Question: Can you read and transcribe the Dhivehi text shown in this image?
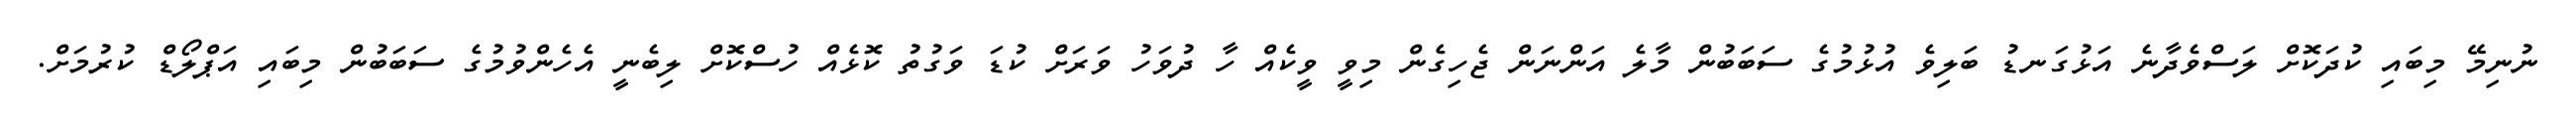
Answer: ނުނިމޭ މިބައި ކުދަކޮށް ލަސްވެދާނެ އަޅުގަނޑު ބަލިވެ އުޅުމުގެ ސަބަބުން މާލެ އަންނަން ޖެހިގެން މިވީ ވީކެއް ހާ ދުވަހު ވަރަށް ކުޑަ ވަގުތު ކޮޅެއް ހުސްކޮށް ލިބެނީ އެހެންވުމުގެ ސަބަބުން މިބައި އަޕްލޯޑް ކުރުމަށް.